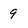
Character: 9